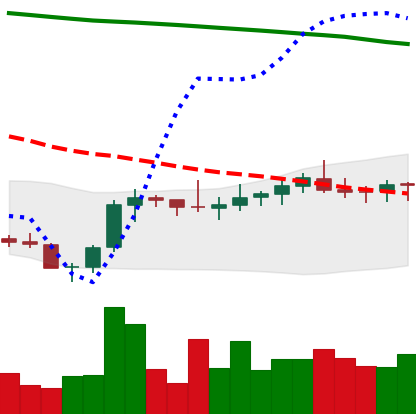
Ticker: XLM-USD
Chart end date: 2021-08-05
Forward return: 10.555%
Label: up_7plus